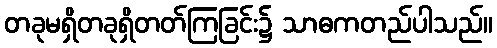
တခုမရှိတခုရှိတတ်ကြခြင်း၌ သာဓကတည်ပါသည်။